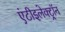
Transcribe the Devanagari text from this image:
एंटीइलेक्ट्रॉन